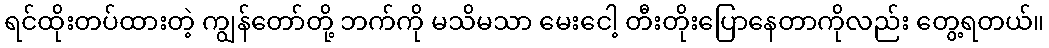
ရင်ထိုးတပ်ထားတဲ့ ကျွန်တော်တို့ ဘက်ကို မသိမသာ မေးငေါ့ တီးတိုးပြောနေတာကိုလည်း တွေ့ရတယ်။